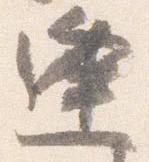
逢